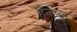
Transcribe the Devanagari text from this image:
हॅनच्या